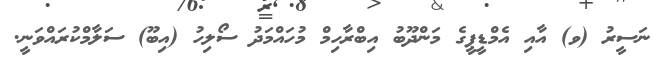
ނަސީރު (ވ) އާއި އެމްޑީޕީގެ މަންދޫބު އިބްރާހިމް މުހައްމަދު ސޯލިހު (އިބޫ) ސަލާމްކުރައްވަނީ.